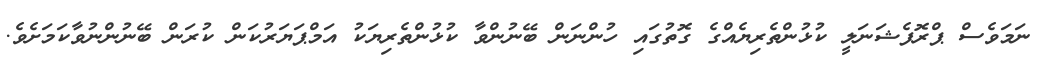
ނަމަވެސް ޕްރޮފެޝަނަލީ ކުޅުންތެރިޔެއްގެ ގޮތުގައި ހުންނަން ބޭނުންވާ ކުޅުންތެރިޔަކު އަމްޕަޔަރުކަން ކުރަން ބޭނުންނުވާކަމަށެވެ.